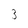
Character: 3